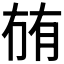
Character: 𭁬